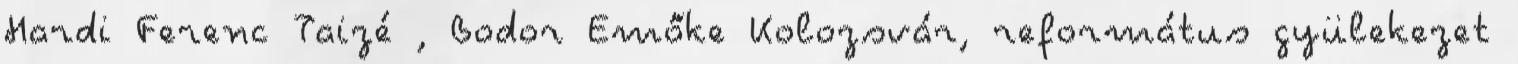
Hardi Ferenc Taizé , Bodor Emőke Kolozsvár, református gyülekezet